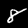
Label: 8